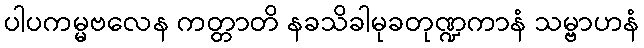
ပါပကမ္မဗလေန ကတ္တာတိ နခသိခါမုခတုဏ္ဍကာနံ သမ္ဗာဟနံ